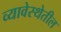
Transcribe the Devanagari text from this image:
व्यावेस्थेतील